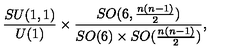
\frac { S U ( 1 , 1 ) } { U ( 1 ) } \times \frac { S O ( 6 , \frac { n ( n - 1 ) } { 2 } ) } { S O ( 6 ) \times S O ( \frac { n ( n - 1 ) } { 2 } ) } ,